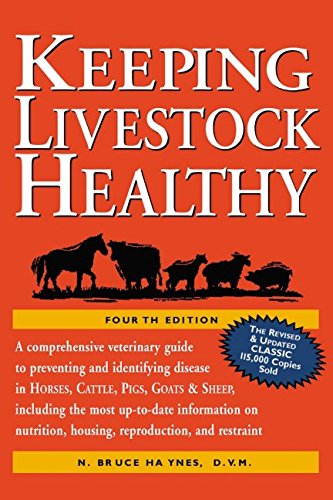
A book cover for Keeping Livestock Healthy: A Comprehensive Veterinary Guide to Preventing and Identifying Disease in Horses, Cattle, Swine, Goats & Sheep, 4th Edition; N. Bruce Haynes D.V.M.; Medical Books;